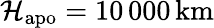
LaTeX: \mathcal{H}_{\mathrm{{apo}}}=10\, 000\, \mathrm{{km}}